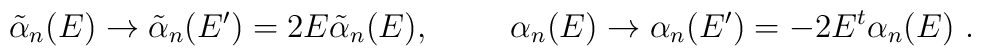
\tilde{\alpha}_{n}(E) \rightarrow \tilde{\alpha}_{n}(E')=2E\tilde{\alpha}_{n}(E),\hspace{1cm}\alpha_{n}(E) \rightarrow  \alpha_{n}(E')=-2E^{t}\alpha_{n}(E)\ .